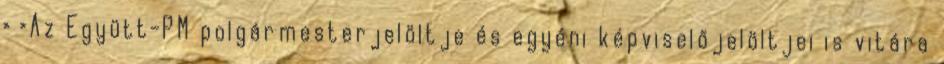
› ›Az Együtt-PM polgármesterjelöltje és egyéni képviselőjelöltjei is vitára